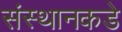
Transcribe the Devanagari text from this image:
संस्थानकडे